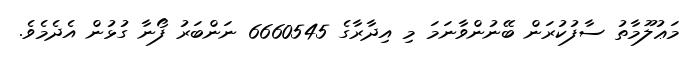
މަޢުލޫމާތު ސާފުކުރަން ބޭނުންވާނަމަ މި އިދާރާގެ 6660545 ނަންބަރު ފޯނާ ގުޅުން އެދެމެވެ.